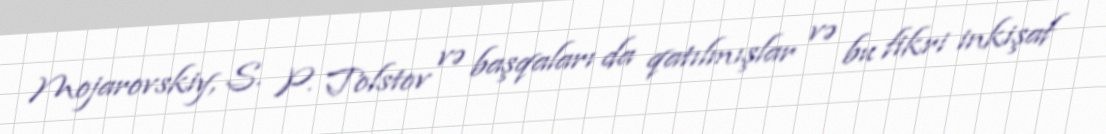
Mojarovskiy, S. P. Tolstov və başqaları da qatılmışlar və bu fikri inkişaf